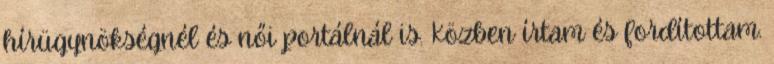
hírügynökségnél és női portálnál is. Közben írtam és fordítottam.